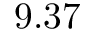
9 . 3 7